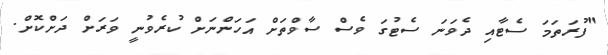
"ފުރަތަމަ ސެޓާއި ދެވަނަ ސެޓުގަ ވެސް ސާވްތަށް އަހަންނަށް ކުރެވުނީ ވަރަށް ދަށްކޮށް.